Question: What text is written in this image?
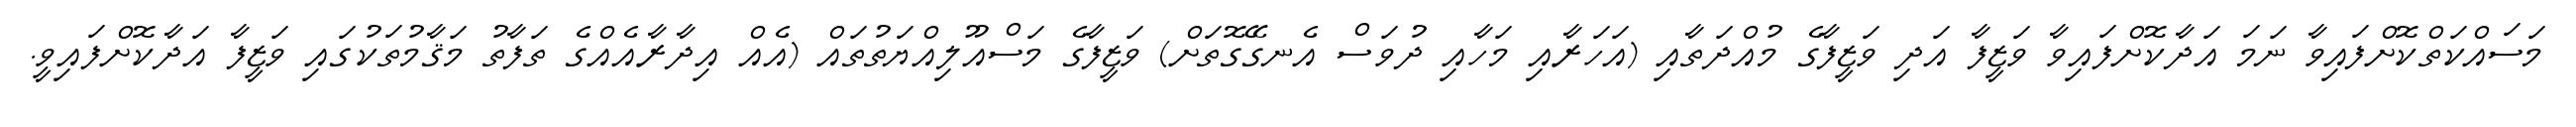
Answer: މަސައްކަތްކޮށްފައިވާ ނަމަ އަދާކޮށްފައިވާ ވަޒީފާ އަދި ވަޒީފާގެ މުއްދަތާއި (އަހަރާއި މަހާއި ދުވަސް އެނގޭގޮތަށް) ވަޒީފާގެ މަސްއޫލިއްޔަތުތައް (އެއް އިދާރާއެއްގެ ތަފާތު މަޤާމުތަކުގައި ވަޒީފާ އަދާކޮށްފައިވީ.